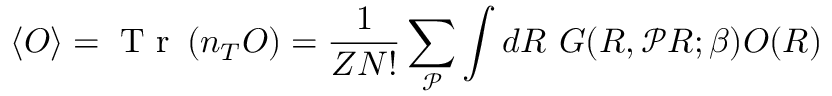
\langle O \rangle = \textrm { T r } \left( n _ { T } O \right) = \frac { 1 } { Z N ! } \sum _ { \mathcal { P } } \int d R \ G ( R , \mathcal { P } R ; \beta ) O ( R )